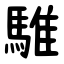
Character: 騅